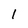
Character: 1